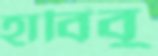
হাবিবু